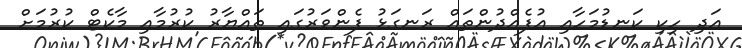
އަދި ހިކި ކަނޑުމަހާއި އުފެއްދުންތައް ރަނގަޅު ފެންވަރުގައި ތައްޔާރު ކުރުމާއި މާކެޓް ކުރުމަށް